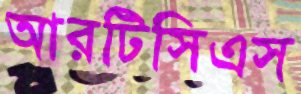
আরটিসিএস